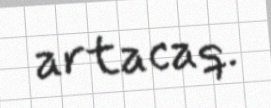
artacaq.